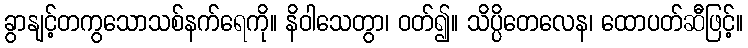
ခွာနျင့်တကွသောသစ်နက်ရေကို။ နိဝါသေတွာ၊ ဝတ်၍။ သိပ္ပိတေလေန၊ ထောပတ်ဆီဖြင့်။